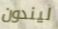
ليندون